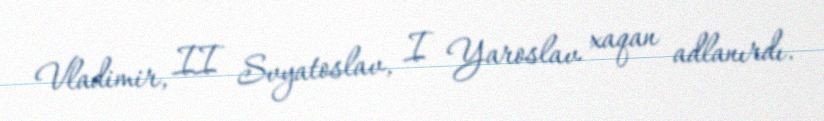
Vladimir, II Svyatoslav, I Yaroslav xaqan adlanırdı.